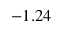
- 1 . 2 4